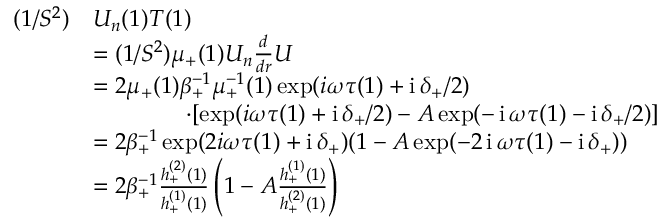
\begin{array} { r l } { ( 1 / S ^ { 2 } ) } & { U _ { n } ( 1 ) T ( 1 ) } \\ & { = ( 1 / S ^ { 2 } ) \mu _ { + } ( 1 ) U _ { n } \frac { d } { d r } U } \\ & { = 2 \mu _ { + } ( 1 ) \beta _ { + } ^ { - 1 } \mu _ { + } ^ { - 1 } ( 1 ) \exp ( i \omega \tau ( 1 ) + \operatorname { i } \delta _ { + } / 2 ) } \\ & { \qquad \qquad \cdot [ \exp ( i \omega \tau ( 1 ) + \operatorname { i } \delta _ { + } / 2 ) - A \exp ( - \operatorname { i } \omega \tau ( 1 ) - \operatorname { i } \delta _ { + } / 2 ) ] } \\ & { = 2 \beta _ { + } ^ { - 1 } \exp ( 2 i \omega \tau ( 1 ) + \operatorname { i } \delta _ { + } ) ( 1 - A \exp ( - 2 \operatorname { i } \omega \tau ( 1 ) - \operatorname { i } \delta _ { + } ) ) } \\ & { = 2 \beta _ { + } ^ { - 1 } \frac { h _ { + } ^ { ( 2 ) } ( 1 ) } { h _ { + } ^ { ( 1 ) } ( 1 ) } \left( 1 - A \frac { h _ { + } ^ { ( 1 ) } ( 1 ) } { h _ { + } ^ { ( 2 ) } ( 1 ) } \right) } \end{array}